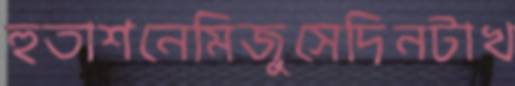
হুতাশনেমিজুসেদিনটাখ